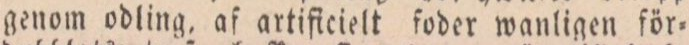
genom odling, af artificielt foder wanligen för=